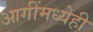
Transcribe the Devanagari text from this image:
आगींमध्येही